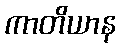
ကာတိယာန